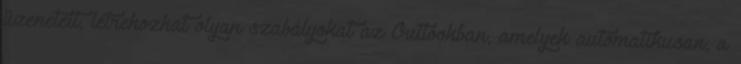
üzeneteit, létrehozhat olyan szabályokat az Outlookban, amelyek automatikusan, a